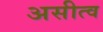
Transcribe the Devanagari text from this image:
असीत्व